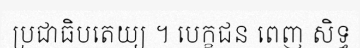
ប្រជាធិបតេយ្យ ។ បេក្ខជន ពេញ សិទ្ធ